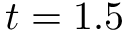
t = 1 . 5